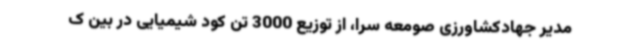
مدیر جهادکشاورزی صومعه سرا، از توزیع 3000 تن کود شیمیایی در بین ک